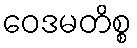
ဝေဒမတိစ္စ